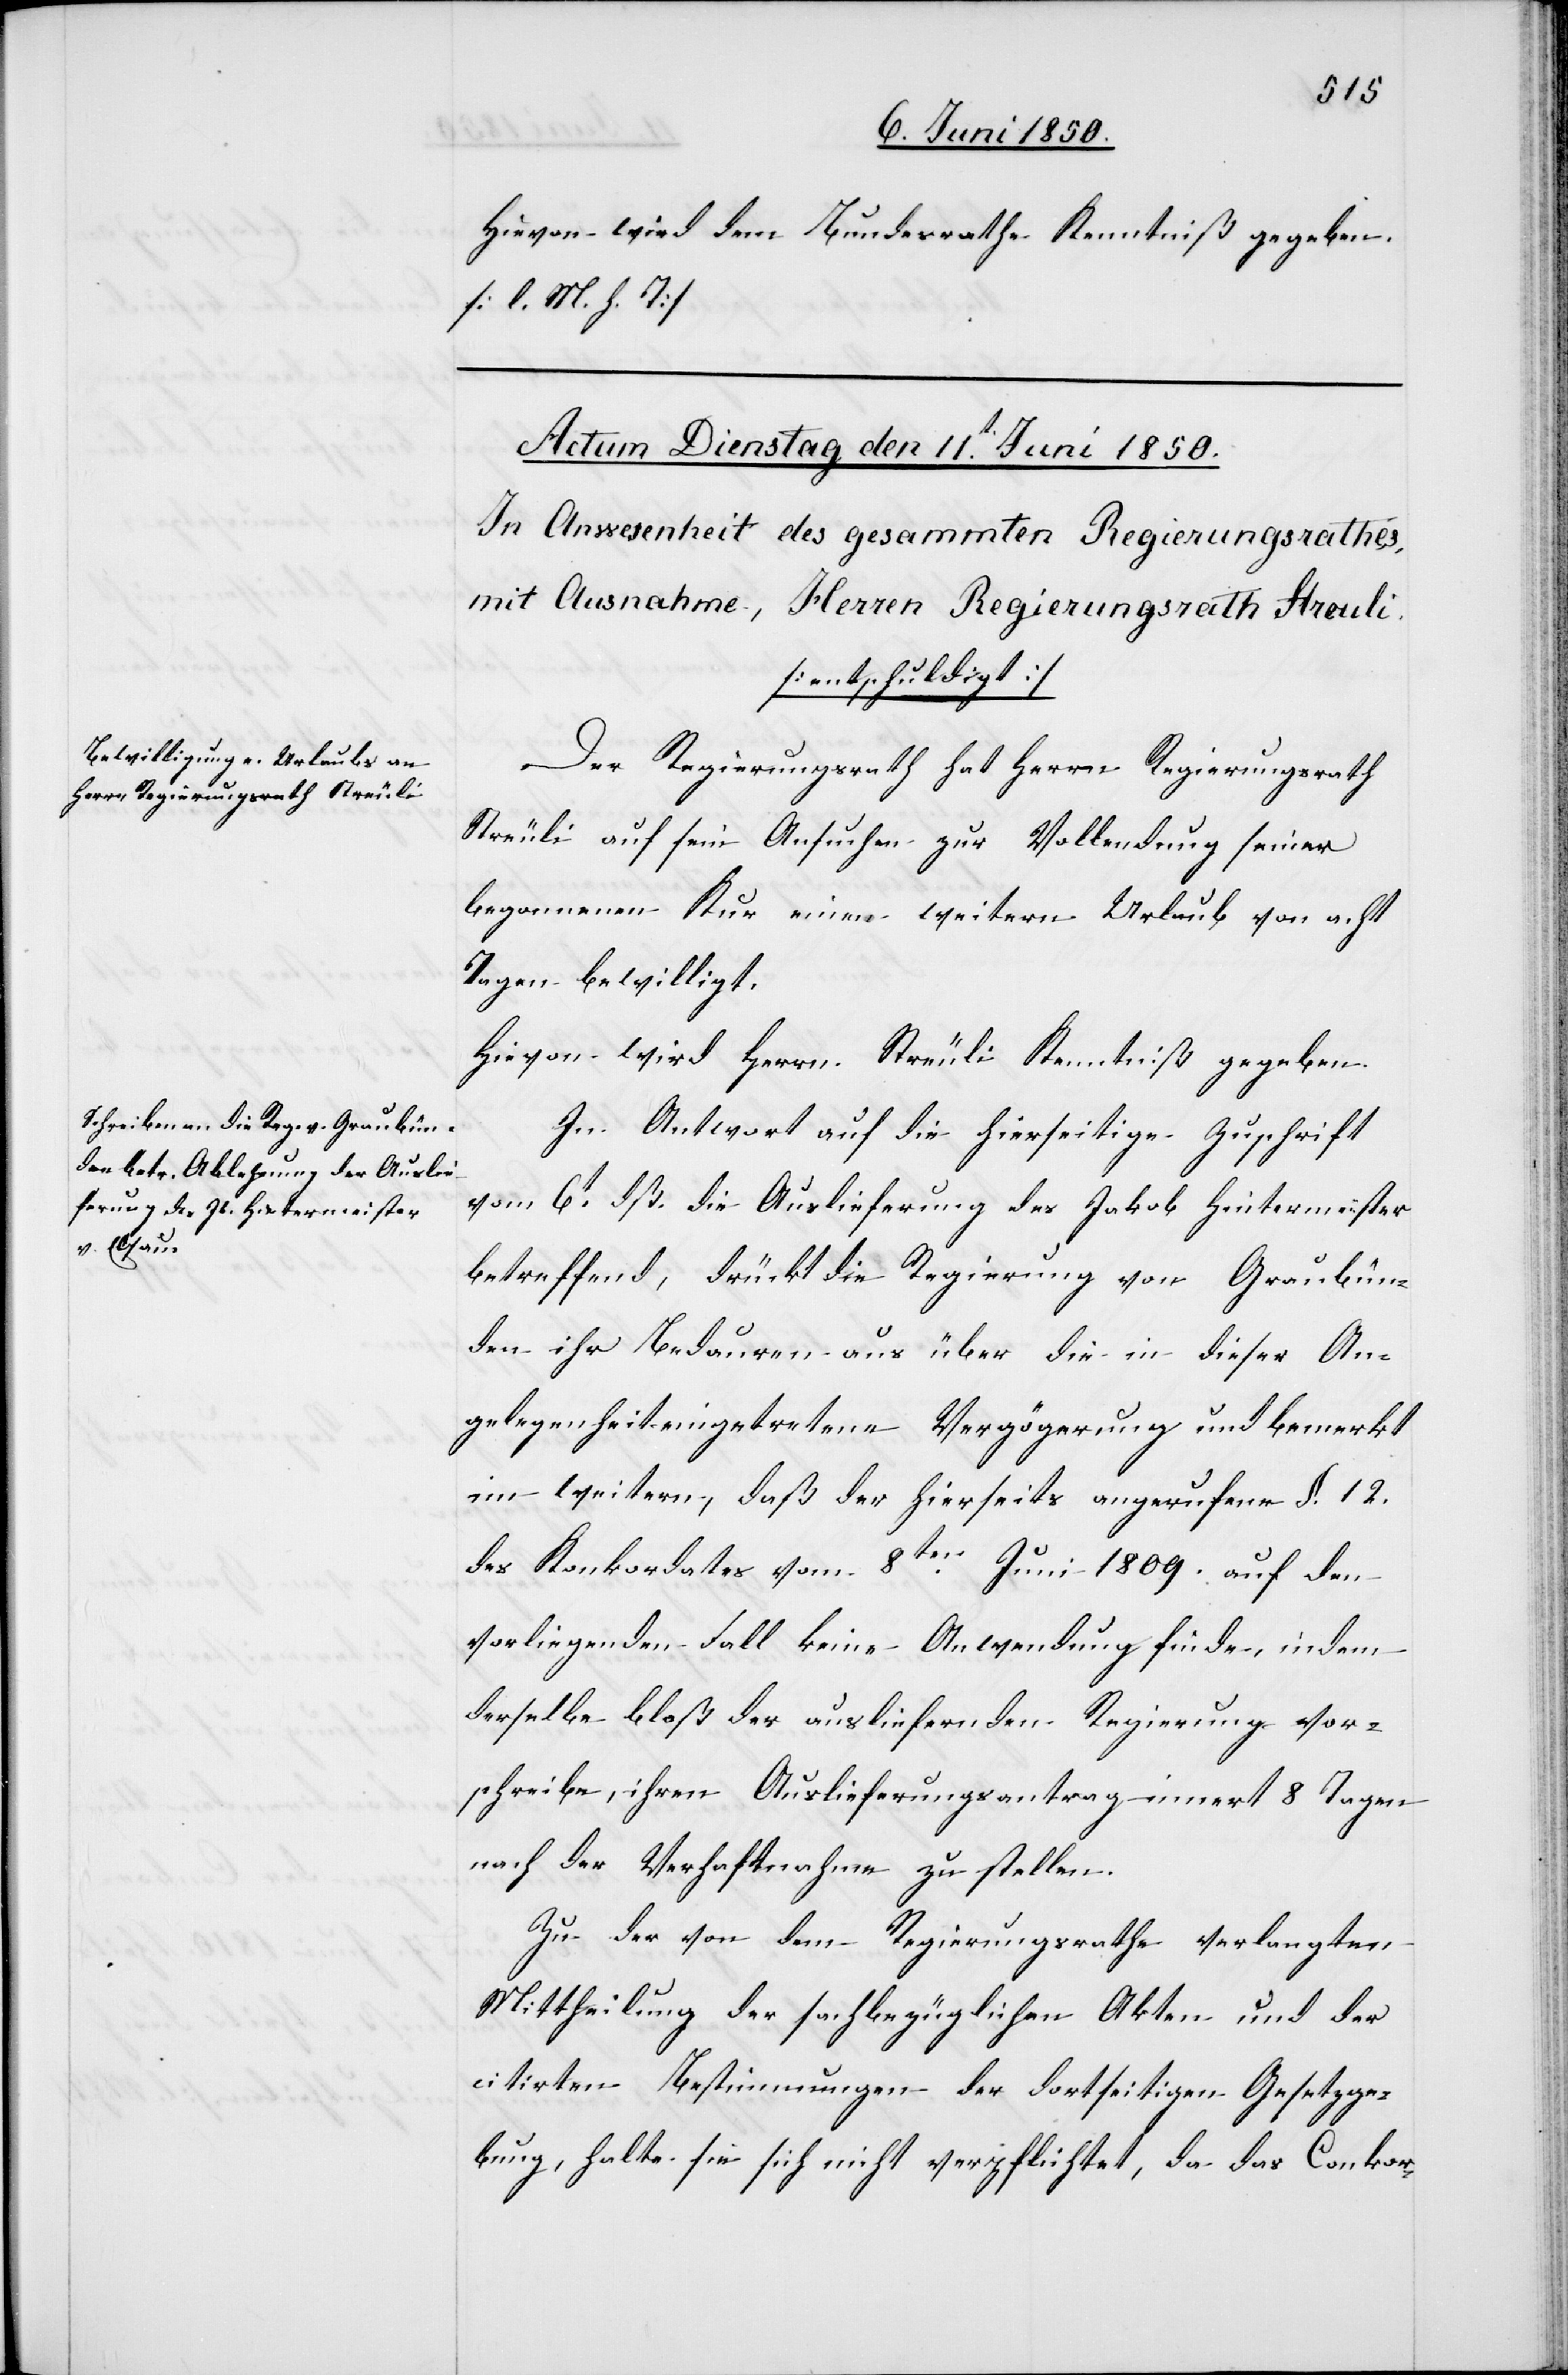
Hievon wird dem Bundesrathe Kenntniß gegeben.
[l. M. h. T]
Der Regierungsrath hat Herrn Regierungsrath
Streuli auf sein Ansuchen zur Vollendung seiner
begonnen Kur einen weitern Urlaub von acht
Tagen bewilligt.
Hievon wird Herrn Streuli Kenntniß gegeben.
In Antwort auf die hierseitge Zuschrift
vom 6t dß. die Auslieferung des Jakob Hintermeister
betreffend, drückt die Regierung von Graubün¬
den ihr Bedauren aus über die in dieser An¬
gelegenheit eingetretene Verzögerung und bemerkt
im weitern, daß der hierseits angerufene §. 12.
des Konkordates vom 8ten Juni 1809. auf den
vorliegenden Fall keine Anwendung finde, indem
derselbe bloß der ausliefernden Regierung vor¬
schreibe, ihren Auslieferungsantrag innert 8 Tagen
nach der Verhaftnahme zu stellen.
Zu der von dem Regierungsrathe verlangten
Mittheilung der sachbezüglichen Akten und der
citirten Bestimmungen der dortseitigen Gesetzge¬
bung, halte sie sich nicht verpflichtet, da das Conkor-